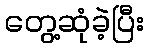
တွေ့ဆုံခဲ့ပြီး